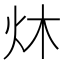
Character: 炑